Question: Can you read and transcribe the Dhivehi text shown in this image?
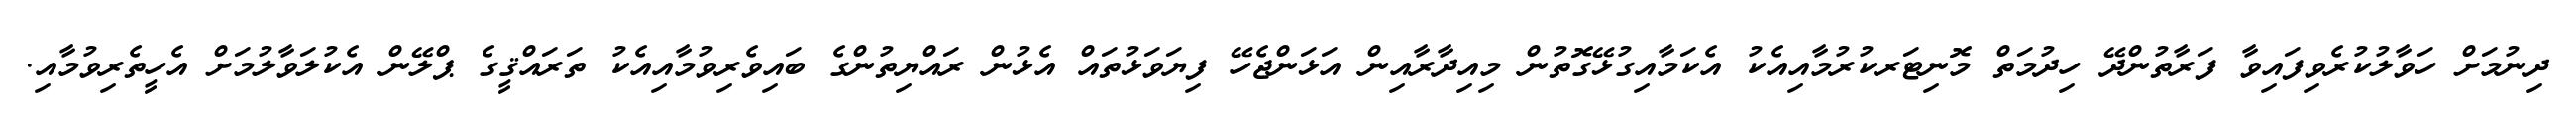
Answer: ދިނުމަށް ހަވާލުކުރެވިފައިވާ ފަރާތުންދޭ ހިދުމަތް މޮނިޓަރކުރުމާއިއެކު އެކަމާއިގުޅޭގޮތުން މިއިދާރާއިން އަޅަންޖެހޭ ފިޔަވަޅުތައް އެޅުން ރައްޔިތުންގެ ބައިވެރިވުމާއިއެކު ތަރައްޤީގެ ޕްލޭން އެކުލަވާލުމަށް އެހީތެރިވުމާއި.